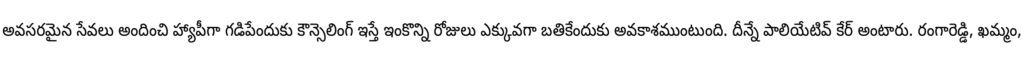
అవసరమైన సేవలు అందించి హ్యాపీగా గడిపేందుకు కౌన్సెలింగ్ ఇస్తే ఇంకొన్ని రోజులు ఎక్కువగా బతికేందుకు అవకాశముంటుంది. దీన్నే పాలియేటివ్ కేర్ అంటారు. రంగారెడ్డి, ఖమ్మం,